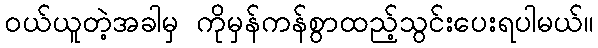
ဝယ်ယူတဲ့အခါမှ ကိုမှန်ကန်စွာထည့်သွင်းပေးရပါမယ်။